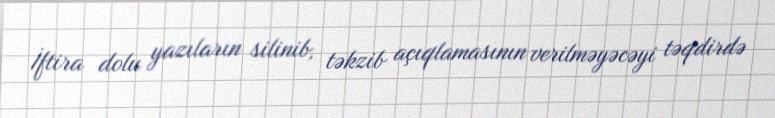
İftira dolu yazıların silinib, təkzib açıqlamasının verilməyəcəyi təqdirdə